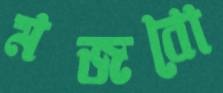
মজবো